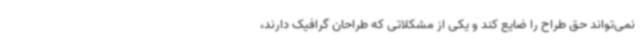
نمی‌تواند حق طراح را ضایع کند و یکی از مشکلاتی که طراحان گرافیک دارند،